Leaving Certificate Examination (including Day School Certificate (Higher) General paper), 1929
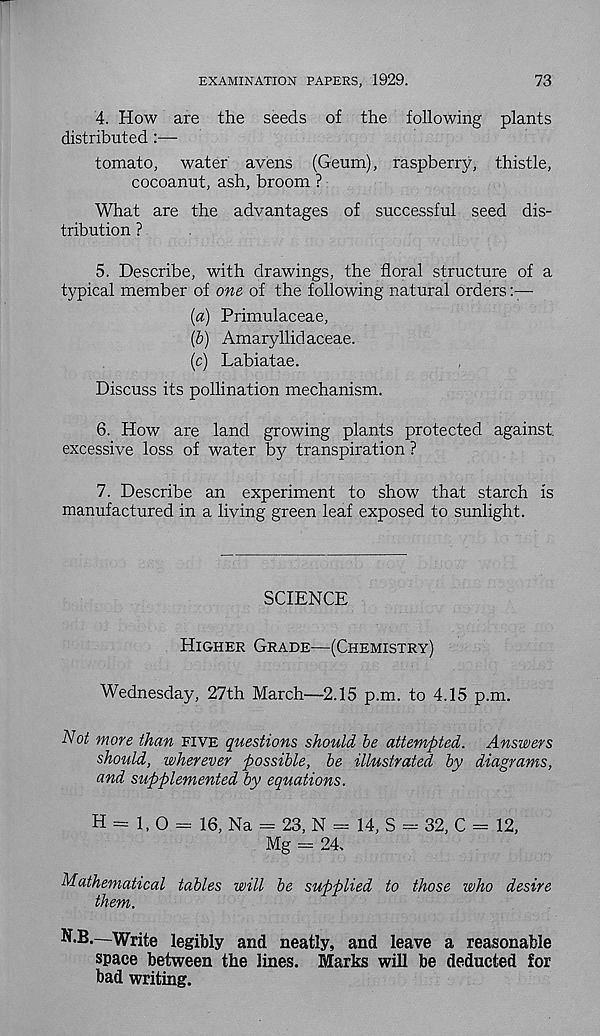
EXAMINATION PAPERS, 1929.
73
4. How are the seeds of the following plants
distributed :—
tomato, water avens (Geum), raspberry, thistle,
cocoanut, ash, broom ?
What are the advantages of successful seed dis-
tribution ?
5. Describe, with drawings, the floral structure of a
typical member of one of the following natural orders
(a) Primulaceae,
(5) Amaryllidaceae.
(c) Labiatae.
Discuss its pollination mechanism.
6. How are land growing plants protected against
excessive loss of water by transpiration ?
7. Describe an experiment to show that starch is
manufactured in a living green leaf exposed to sunlight.
SCIENCE
Higher Grade^—(Chemistry)
Wednesday, 27th March—2.15 p.m. to 4.15 p.m.
Not more than five questions should be attempted. Answers
should, wherever possible, be illustrated by diagrams,
and supplemented by equations.
H = 1, O = 16, Na = 23, N — 14, S = 32, C — 12,
Mg = 24,
Mathematical tables will be supplied to those who desire
them.
N.B.—Write legibly and neatly, and leave a reasonable
space between the lines. Marks will be deducted for
bad writing.